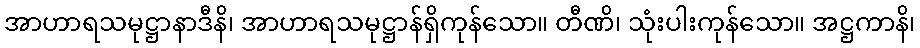
အာဟာရသမုဋ္ဌာနာဒီနိ၊ အာဟာရသမုဋ္ဌာန်ရှိကုန်သော။ တီဏိ၊ သုံးပါးကုန်သော။ အဋ္ဌကာနိ၊